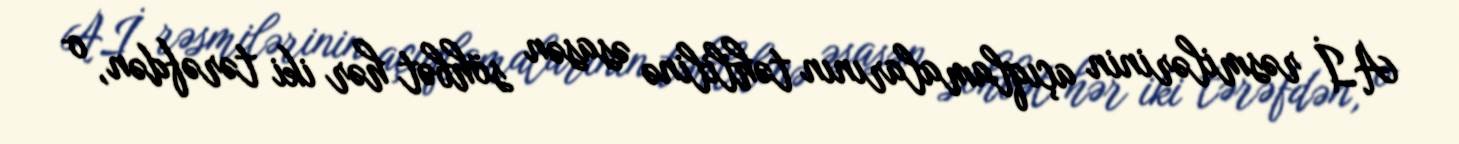
Aİ rəsmilərinin açıqlamalarının təhlilinə əsasən söhbət hər iki tərəfdən, o